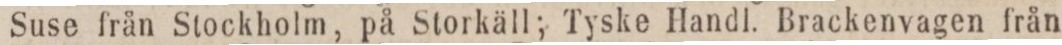
Suse från Stockholm, på Storkäll; Tyske Handl. Brackenvagen från